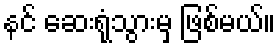
နင် ဆေးရုံသွားမှ ဖြစ်မယ်။